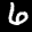
Label: 6